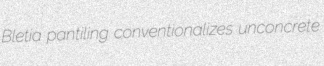
Bletia pantiling conventionalizes unconcrete